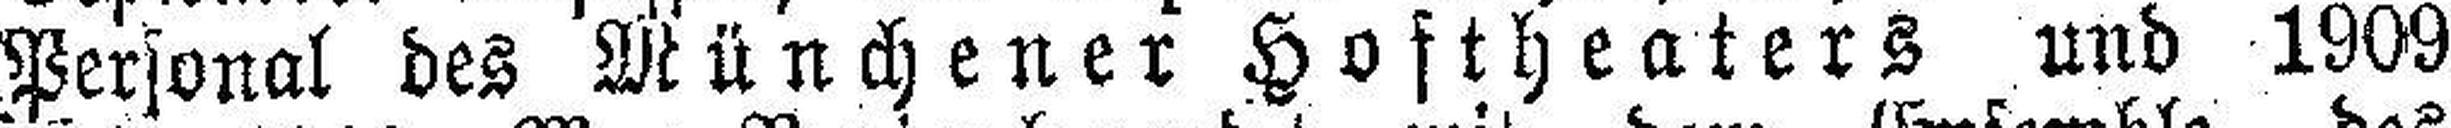
Personal des Münchener Hoftheaters und 1909